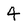
Character: 4